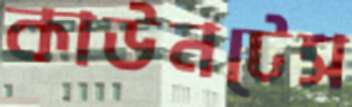
কাউনটেস